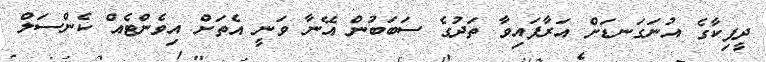
ދީޕިކާގެ އުނަގަނޑަށް އަރާފައިވާ ތަދުގެ ސަބަބުން އޭނާ ވަނީ އެތަށް އިވެންޓެއް ކެންސަލް